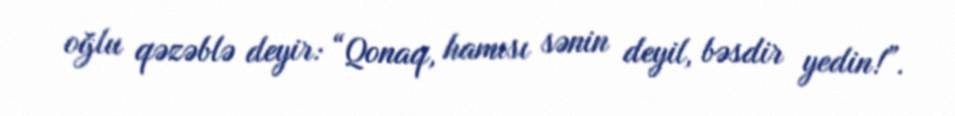
oğlu qəzəblə deyir: “Qonaq, hamısı sənin deyil, bəsdir yedin!”.